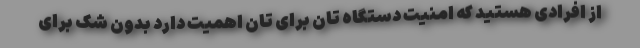
از افرادی هستید که امنیت دستگاه تان برای تان اهمیت دارد بدون شک برای